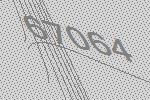
67064